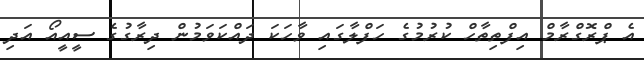
އެ ޕްރޮގްރާމް އިފްތިތާހް ކުރުމުގެ ހަފްލާގައި ވާހަކަ ދައްކަވަމުން ދިރާގުގެ ސީއީއޯ އަދި